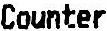
COUNTER